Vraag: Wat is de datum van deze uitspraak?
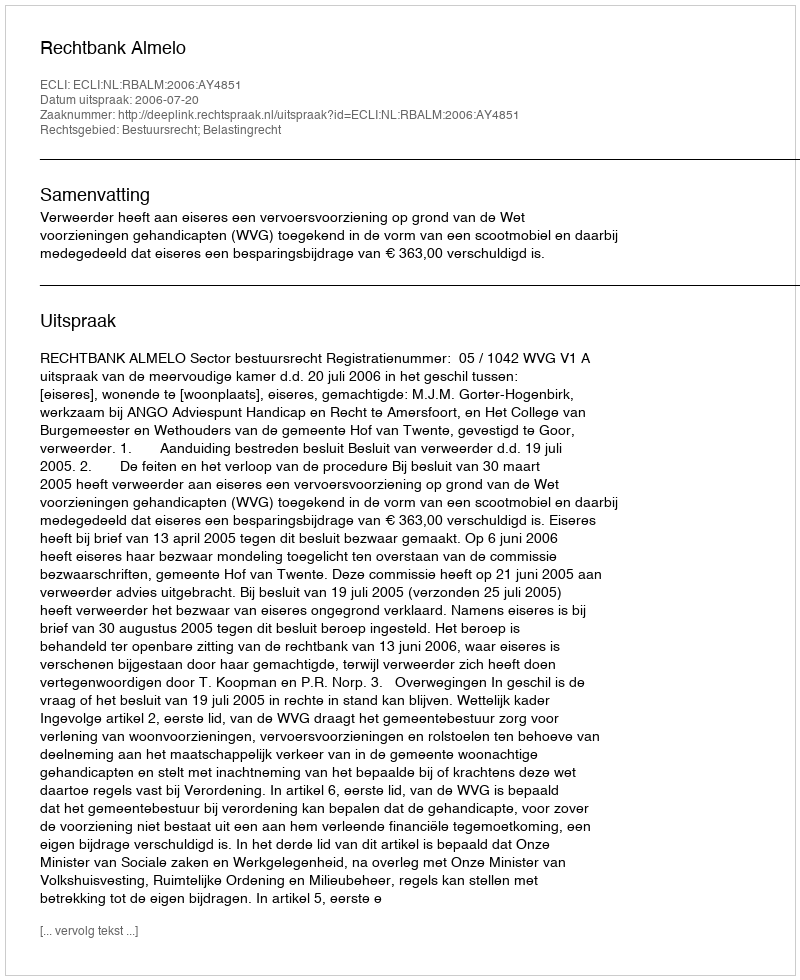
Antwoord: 2006-07-20